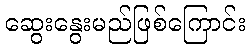
ဆွေးနွေးမည်ဖြစ်ကြောင်း